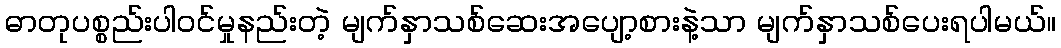
ဓာတုပစ္စည်းပါဝင်မှုနည်းတဲ့ မျက်နှာသစ်ဆေးအပျော့စားနဲ့သာ မျက်နှာသစ်ပေးရပါမယ်။